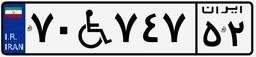
۷۰W۷۴۷۵۲